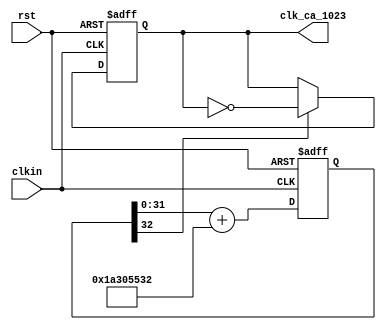
module clk_gps_ca_10M (clkin,clk_ca_1023,rst);

input clkin;
input rst;
output reg clk_ca_1023;

reg [32:0] gps_c_code_nco;

//parameter code_freqword = 32'd878750308;  

parameter code_freqword = 32'd439375154; 

////////////////////////1.023MHz//////////
always @ (posedge clkin or negedge rst)
	if(!rst)
		begin
//			gps_c_code_nco <= 32'b11111111111111111111111111111111;
			gps_c_code_nco <= 33'b100000000000000000000000000000000;
		end
	else
		begin
			gps_c_code_nco <= {1'b0,gps_c_code_nco[31:0]} + code_freqword;
		end
		
always @ (posedge clkin or negedge rst) 
begin
	if (!rst)
		begin
			clk_ca_1023 <= 0;
		end
	else begin
			if (gps_c_code_nco[32] == 1)
				begin
					clk_ca_1023 <= ~clk_ca_1023;
				end
			else begin
					clk_ca_1023 <= clk_ca_1023;
			end
		end
end
endmodule